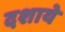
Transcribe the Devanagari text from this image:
दशाये